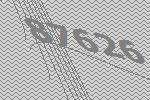
87626